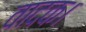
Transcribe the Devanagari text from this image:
वादक।